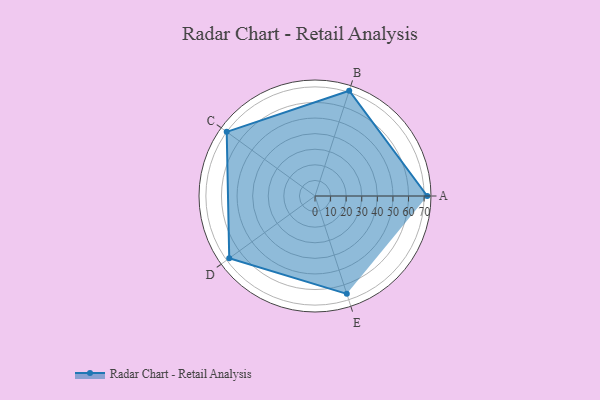
{"axis": {"x": "Skill", "y": "Score"}, "legend": ["Profile"], "data": [{"x": "A", "y": 72.0, "type": "Profile"}, {"x": "B", "y": 71.0, "type": "Profile"}, {"x": "C", "y": 70.0, "type": "Profile"}, {"x": "D", "y": 68.0, "type": "Profile"}, {"x": "E", "y": 66.0, "type": "Profile"}]}